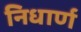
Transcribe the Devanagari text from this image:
निधार्ण